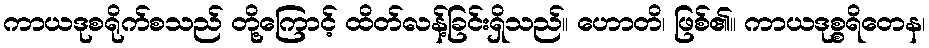
ကာယဒုစရိုက်စသည် တို့ကြောင့် ထိတ်လန့်ခြင်းရှိသည်။ ဟောတိ၊ ဖြစ်၏။ ကာယဒုစ္စရိတေန၊